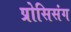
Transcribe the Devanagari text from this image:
प्रोसिसंग